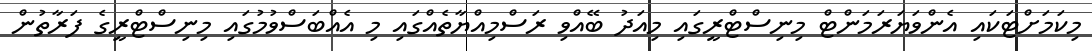
މިކަމަށްޓަކައި އެންވަޔަރަމަންޓް މިނިސްޓްރީގައި މިއަދު ބޭއްވި ރަސްމިއްޔާތެއްގައި މި އެއްބަސްވުމުގައި މިނިސްޓްރީގެ ފަރާތުން